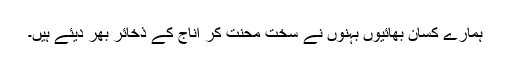
ہمارے کسان بھائیوں بہنوں نے سخت محنت کر اناج کے ذخائر بھر دیئے ہیں۔